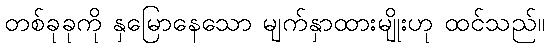
တစ်ခုခုကို နှမြောနေသော မျက်နှာထားမျိုးဟု ထင်သည်။